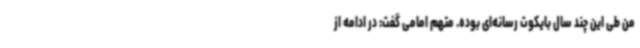
من طی این چند سال بایکوت رسانه‌ای بوده. متهم امامی گفت: در ادامه از